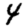
Digit: 4